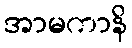
အာမကာနိ